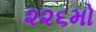
૨૨૬મો